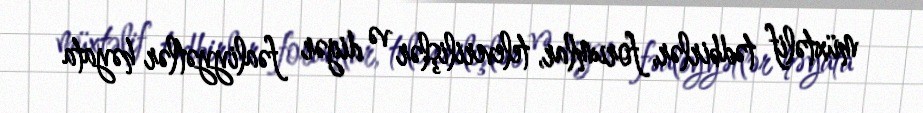
müxtəlif tədbirlər, forumlar, televerilişlər və digər fəaliyyətlər həyata